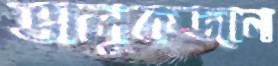
ভালুকজান